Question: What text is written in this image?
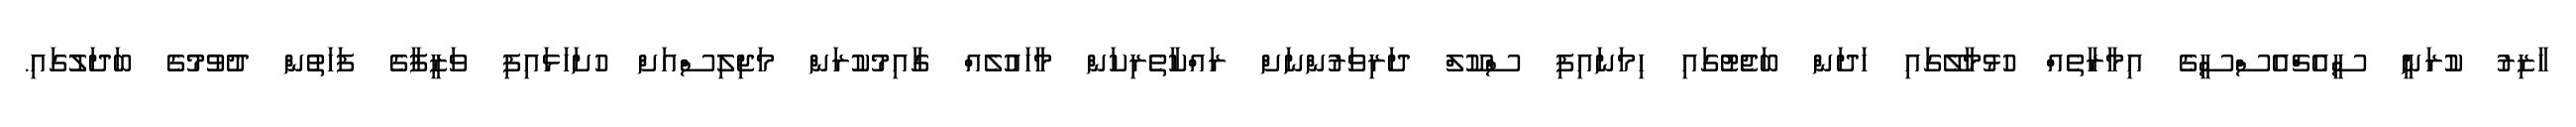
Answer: ހާޒިރު ކުރަނީ ސީއެޗްއެސްސީގެ އިމާރާތެއް ހުޅުމާލޭގައި ހަދަން ބަޖެޓުގައި ހިމަނައިފި ސްކޫލް ދަރިވަރުންނަށް ރައްކާތެރިކަން މާހައުލެއް ގާއިމުކުރަން މަޖިލިސްއަށް ހުށަހަޅައިފި ވަޒީފާގެ ފަހަތުން ދުވުމުގެ ބަދަލުގައި.